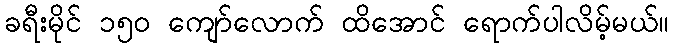
ခရီးမိုင် ၁၅၀ ကျော်လောက် ထိအောင် ရောက်ပါလိမ့်မယ်။